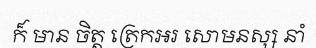
ក៏ មាន ចិត្ត ត្រេកអរ សោមនស្ស នាំ